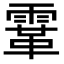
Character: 䨣